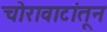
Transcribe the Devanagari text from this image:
चोरावाटांतून